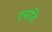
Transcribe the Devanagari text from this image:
एसवि